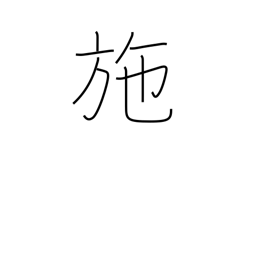
Meaning: bestow